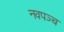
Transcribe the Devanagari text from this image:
नवपञ्च